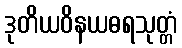
ဒုတိယဝိနယဓရသုတ္တံ